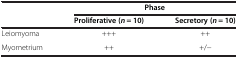
<table><thead><tr><td rowspan="2"><b> </b></td><td colspan="2"><b>Phase</b></td></tr><tr><td><b>Proliferative (<i>n</i> = 10)</b></td><td><b>Secretory (<i>n</i> = 10)</b></td></tr></thead><tbody><tr><td>Leiomyoma</td><td>+++</td><td>++</td></tr><tr><td>Myometrium</td><td>++</td><td>+/−</td></tr></tbody></table>